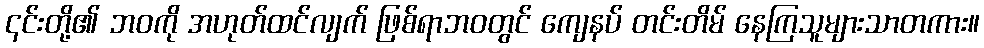
၎င်းတို့၏ ဘဝကို အဟုတ်ထင်လျက် ဖြစ်ရာဘဝတွင် ကျေနပ် တင်းတိမ် နေကြသူများသာတကား။